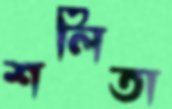
শলিতা